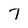
Character: 7